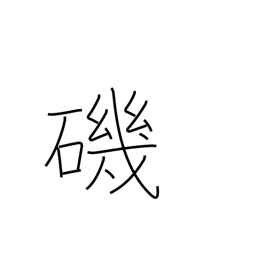
Meaning: beach